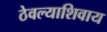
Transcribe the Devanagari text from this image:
ठेवल्याशिवाय